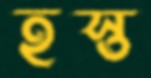
হস্ত